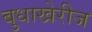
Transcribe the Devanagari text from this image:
बुधाखेरीज